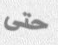
حتى